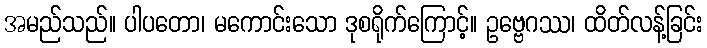
အမည်သည်။ ပါပတော၊ မကောင်းသော ဒုစရိုက်ကြောင့်။ ဥဗ္ဗေဂဿ၊ ထိတ်လန့်ခြင်း